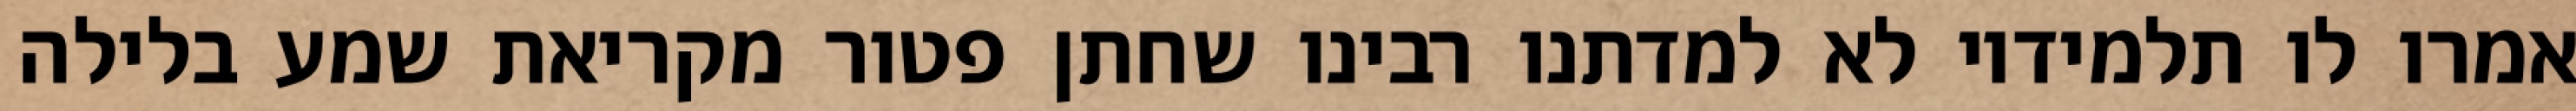
אמרו לו תלמידיו לא למדתנו רבינו שחתן פטור מקריאת שמע בלילה